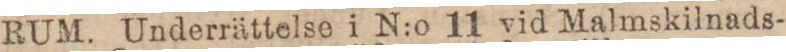
RUM. Underrättelse i N:o 11 vid Malmskilnads-